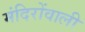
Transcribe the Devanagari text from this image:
मंदिरोंवाली